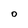
Character: O